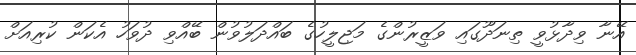
އޭނާ ވިދާޅުވީ ތިނަދޫގައި ވަޒީރުންގެ މަޖިލީހުގެ ބައްދަލުވުން ބޭއްވި ދުވަހު އެކަން ކުރިއަށް